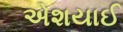
એશયાઈ